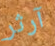
آرثر